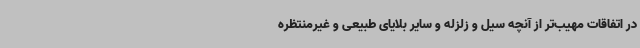
در اتفاقات مهیب‌تر از آنچه سیل و زلزله و سایر بلایای طبیعی و غیرمنتظره